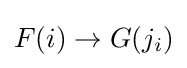
F(i)\to G(j_{i})